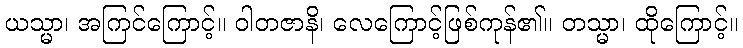
ယသ္မာ၊ အကြင်ကြောင့်။ ဝါတဇာနိ၊ လေကြောင့်ဖြစ်ကုန်၏။ တသ္မာ၊ ထိုကြောင့်။